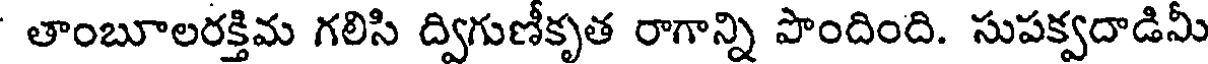
తాంబూలరక్తిమ గలిసి ద్విగుణీకృత రాగాన్ని పొందింది. సుపక్వదాడిమీ